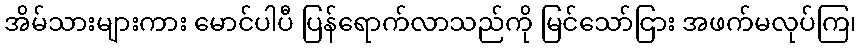
အိမ်သားများကား မောင်ပါပီ ပြန်ရောက်လာသည်ကို မြင်သော်ငြား အဖက်မလုပ်ကြ၊